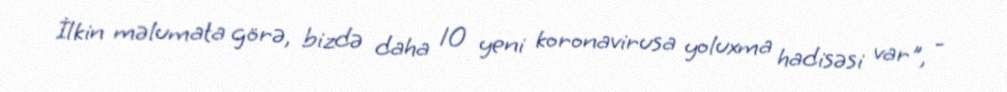
İlkin məlumata görə, bizdə daha 10 yeni koronavirusa yoluxma hadisəsi var", -